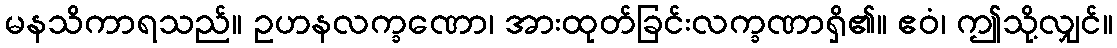
မနသိကာရသည်။ ဥဟနလက္ခဏော၊ အားထုတ်ခြင်းလက္ခဏာရှိ၏။ ဧဝံ၊ ဤသို့လျှင်။